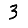
Digit: 3